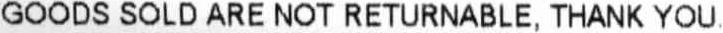
GOODS SOLD ARE NOT RETURNABLE, THANK YOU.